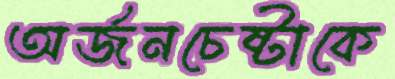
অর্জনচেষ্টাকে